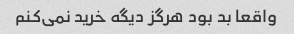
واقعا بد بود هرگز دیگه خرید نمی‌کنم